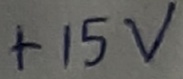
Text: +15V